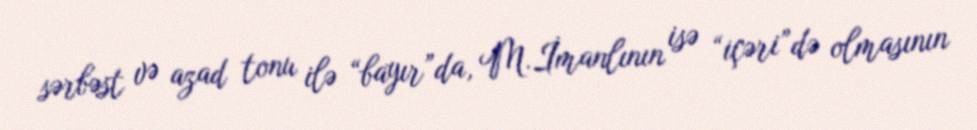
sərbəst və azad tonu ilə “bayır”da, M.İmanlının isə “içəri”də olmasının